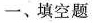
一、填空题